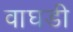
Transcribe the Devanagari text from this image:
वाघडी